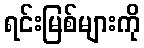
ရင်းမြစ်များကို